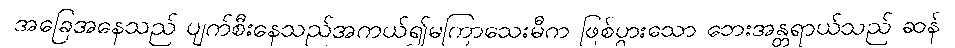
အခြေအနေသည် ပျက်စီးနေသည်အကယ်၍မကြာသေးမီက ဖြစ်ပွားသော ဘေးအန္တရာယ်သည် ဆန်